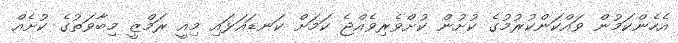
އެހެންކަމުން ވައްކަންކުރުމުގެ ކުށުން ކުށްވެރިވެއްޖެ ކަމަށް ކަނޑައަޅައި މިއީ ރަމްޒީ މިބާވަތުގެ ކުށެއް